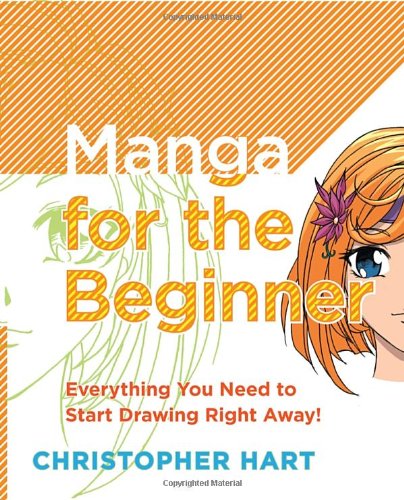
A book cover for Manga for the Beginner: Everything you Need to Start Drawing Right Away!; Christopher Hart; Comics & Graphic Novels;